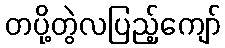
တပို့တွဲလပြည့်ကျော်